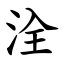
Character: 洤